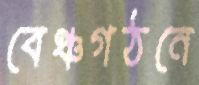
বেঞ্চগঠনে